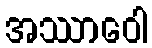
အဿာဝေါ